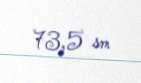
73,5 sm